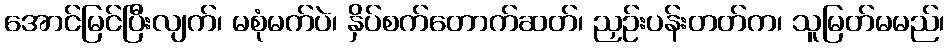
အောင်မြင်ပြီးလျက်၊ မစုံမက်ပဲ၊ နှိပ်စက်တောက်ဆတ်၊ ညှဉ်းပန်းတတ်က၊ သူမြတ်မမည်၊